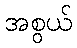
အစွယ်